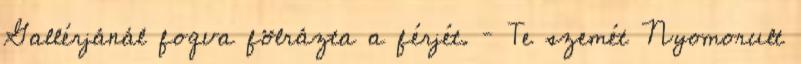
Gallérjánál fogva fölrázta a férjét. – Te szemét Nyomorult